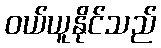
ဝယ်ယူနိုင်သည်